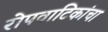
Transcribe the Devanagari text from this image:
रोपवाटिकांचा